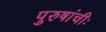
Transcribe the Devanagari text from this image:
पुरुषांचीः